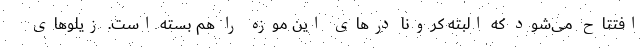
افتتاح می‌شود که البته کرونا درهای این موزه را هم بسته است. زیلوهای